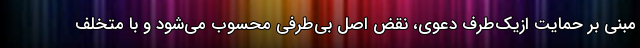
مبنی بر حمایت ازیک‌طرف دعوی، نقض اصل بی‌طرفی محسوب می‌شود و با متخلف